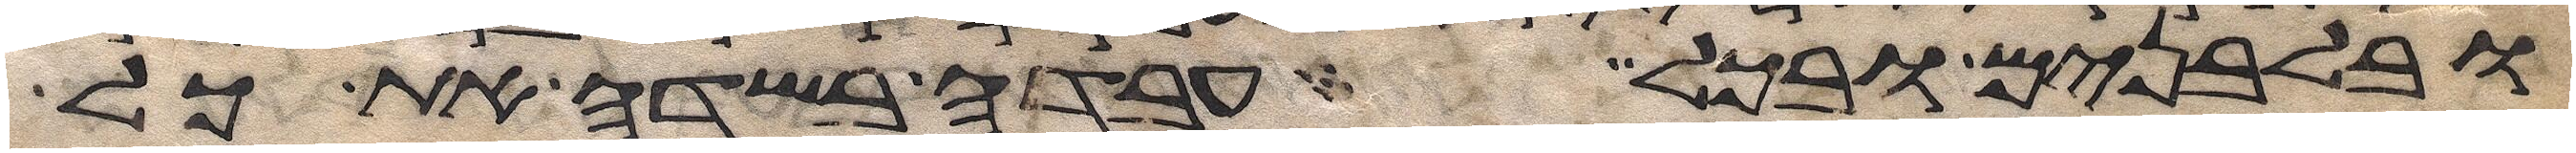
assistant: ובלבנים ובכל עבדה בשדה את כל